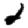
Digit: 2